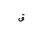
Letter: _qaf